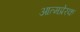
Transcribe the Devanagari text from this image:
आत्मप्रेरक